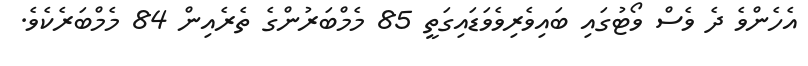
އެހެންވެ ދެ ވެސް ވޯޓުގައި ބައިވެރިވެވަޑައިގަތީ 85 މެމްބަރުންގެ ތެރެއިން 84 މެމްބަރެކެވެ.